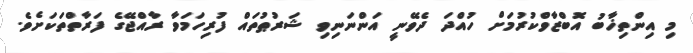
މި އިންތިޚާބު އޮބްޒާވްކުރުމަށް ހުއްދަ ދެވޭނީ އަންނަނިވި ޝަރުޠުތައް ފުރިހަމަވާ ރާއްޖޭގެ ފަރާތްތަކަށެވެ.